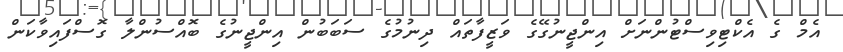
އެމް ގެ އެކްޓިވިސްޓުންނަށް އިންޖީނުގޭގެ ވަޒީފާތައް ދިނުމުގެ ސަބަބުން އިންޖީނުގެ ބޮއްސުންލާ ގޮސްފައިވާކަން